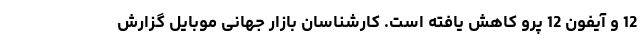
12 و آیفون 12 پرو کاهش یافته است. کارشناسان بازار جهانی موبایل گزارش